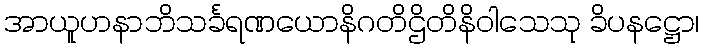
အာယူဟနာဘိသင်္ခရဏယောနိဂတိဌိတိနိဝါသေသု ခိပနဋ္ဌော၊